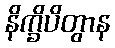
နိက္ခိပိတွာန